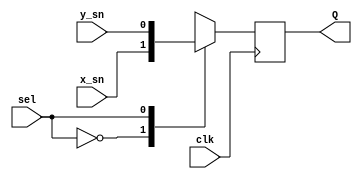
`timescale 1ns / 1ps
//////////////////////////////////////////////////////////////////////////////////
// Company: 
// Engineer: 
// 
// Create Date:    
// Design Name: 
// Module Name:    sc_sum
// Project Name: 
// Target Devices: 
// Tool versions: 
// Description: 
//
// Dependencies: 
//
// Revision: 
// Revision 0.01 - File Created
// Additional Comments: 
//
//////////////////////////////////////////////////////////////////////////////////
//The sum module. No scale singal considered. Sacle signal will be design outside
module sc_sum  
(
	input clk,
	input x_sn,
	input y_sn,
	input sel,
	output reg Q
);



always @(posedge clk) begin
	case (sel)
			1'b0:	Q <= x_sn;
			1'b1:	Q <= y_sn;
			default:;
	endcase
end

endmodule